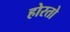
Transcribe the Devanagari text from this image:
होरतो